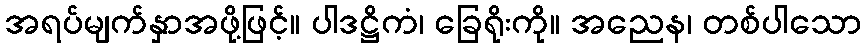
အရပ်မျက်နှာအဖို့ဖြင့်။ ပါဒဋ္ဌိကံ၊ ခြေရိုးကို။ အညေန၊ တစ်ပါသော